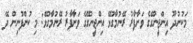
މަކުނުދޫ އިންޖީނުގޭގެ ވަށާފާރު ރޭނުމާގުޅޭ އިންޖީނުގޭގެ ވަށާފާރު ރޭނުމާގުޅޭ: މި ކުންފުނިން ދޭ